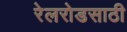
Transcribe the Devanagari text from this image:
रेलरोडसाठी